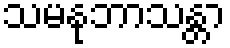
သမနုဘာသန္တာ